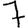
Digit: 7